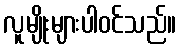
လူမျိုးများပါဝင်သည်။